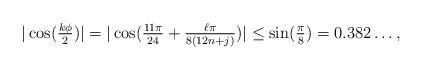
LaTeX: \begin{align*} |\cos(\tfrac{k \phi}{2})| = |\cos(\tfrac{11 \pi}{24} + \tfrac{\ell \pi}{8(12n+j)})| \leq \sin(\tfrac{\pi}{8}) = 0.382\dots,\end{align*}